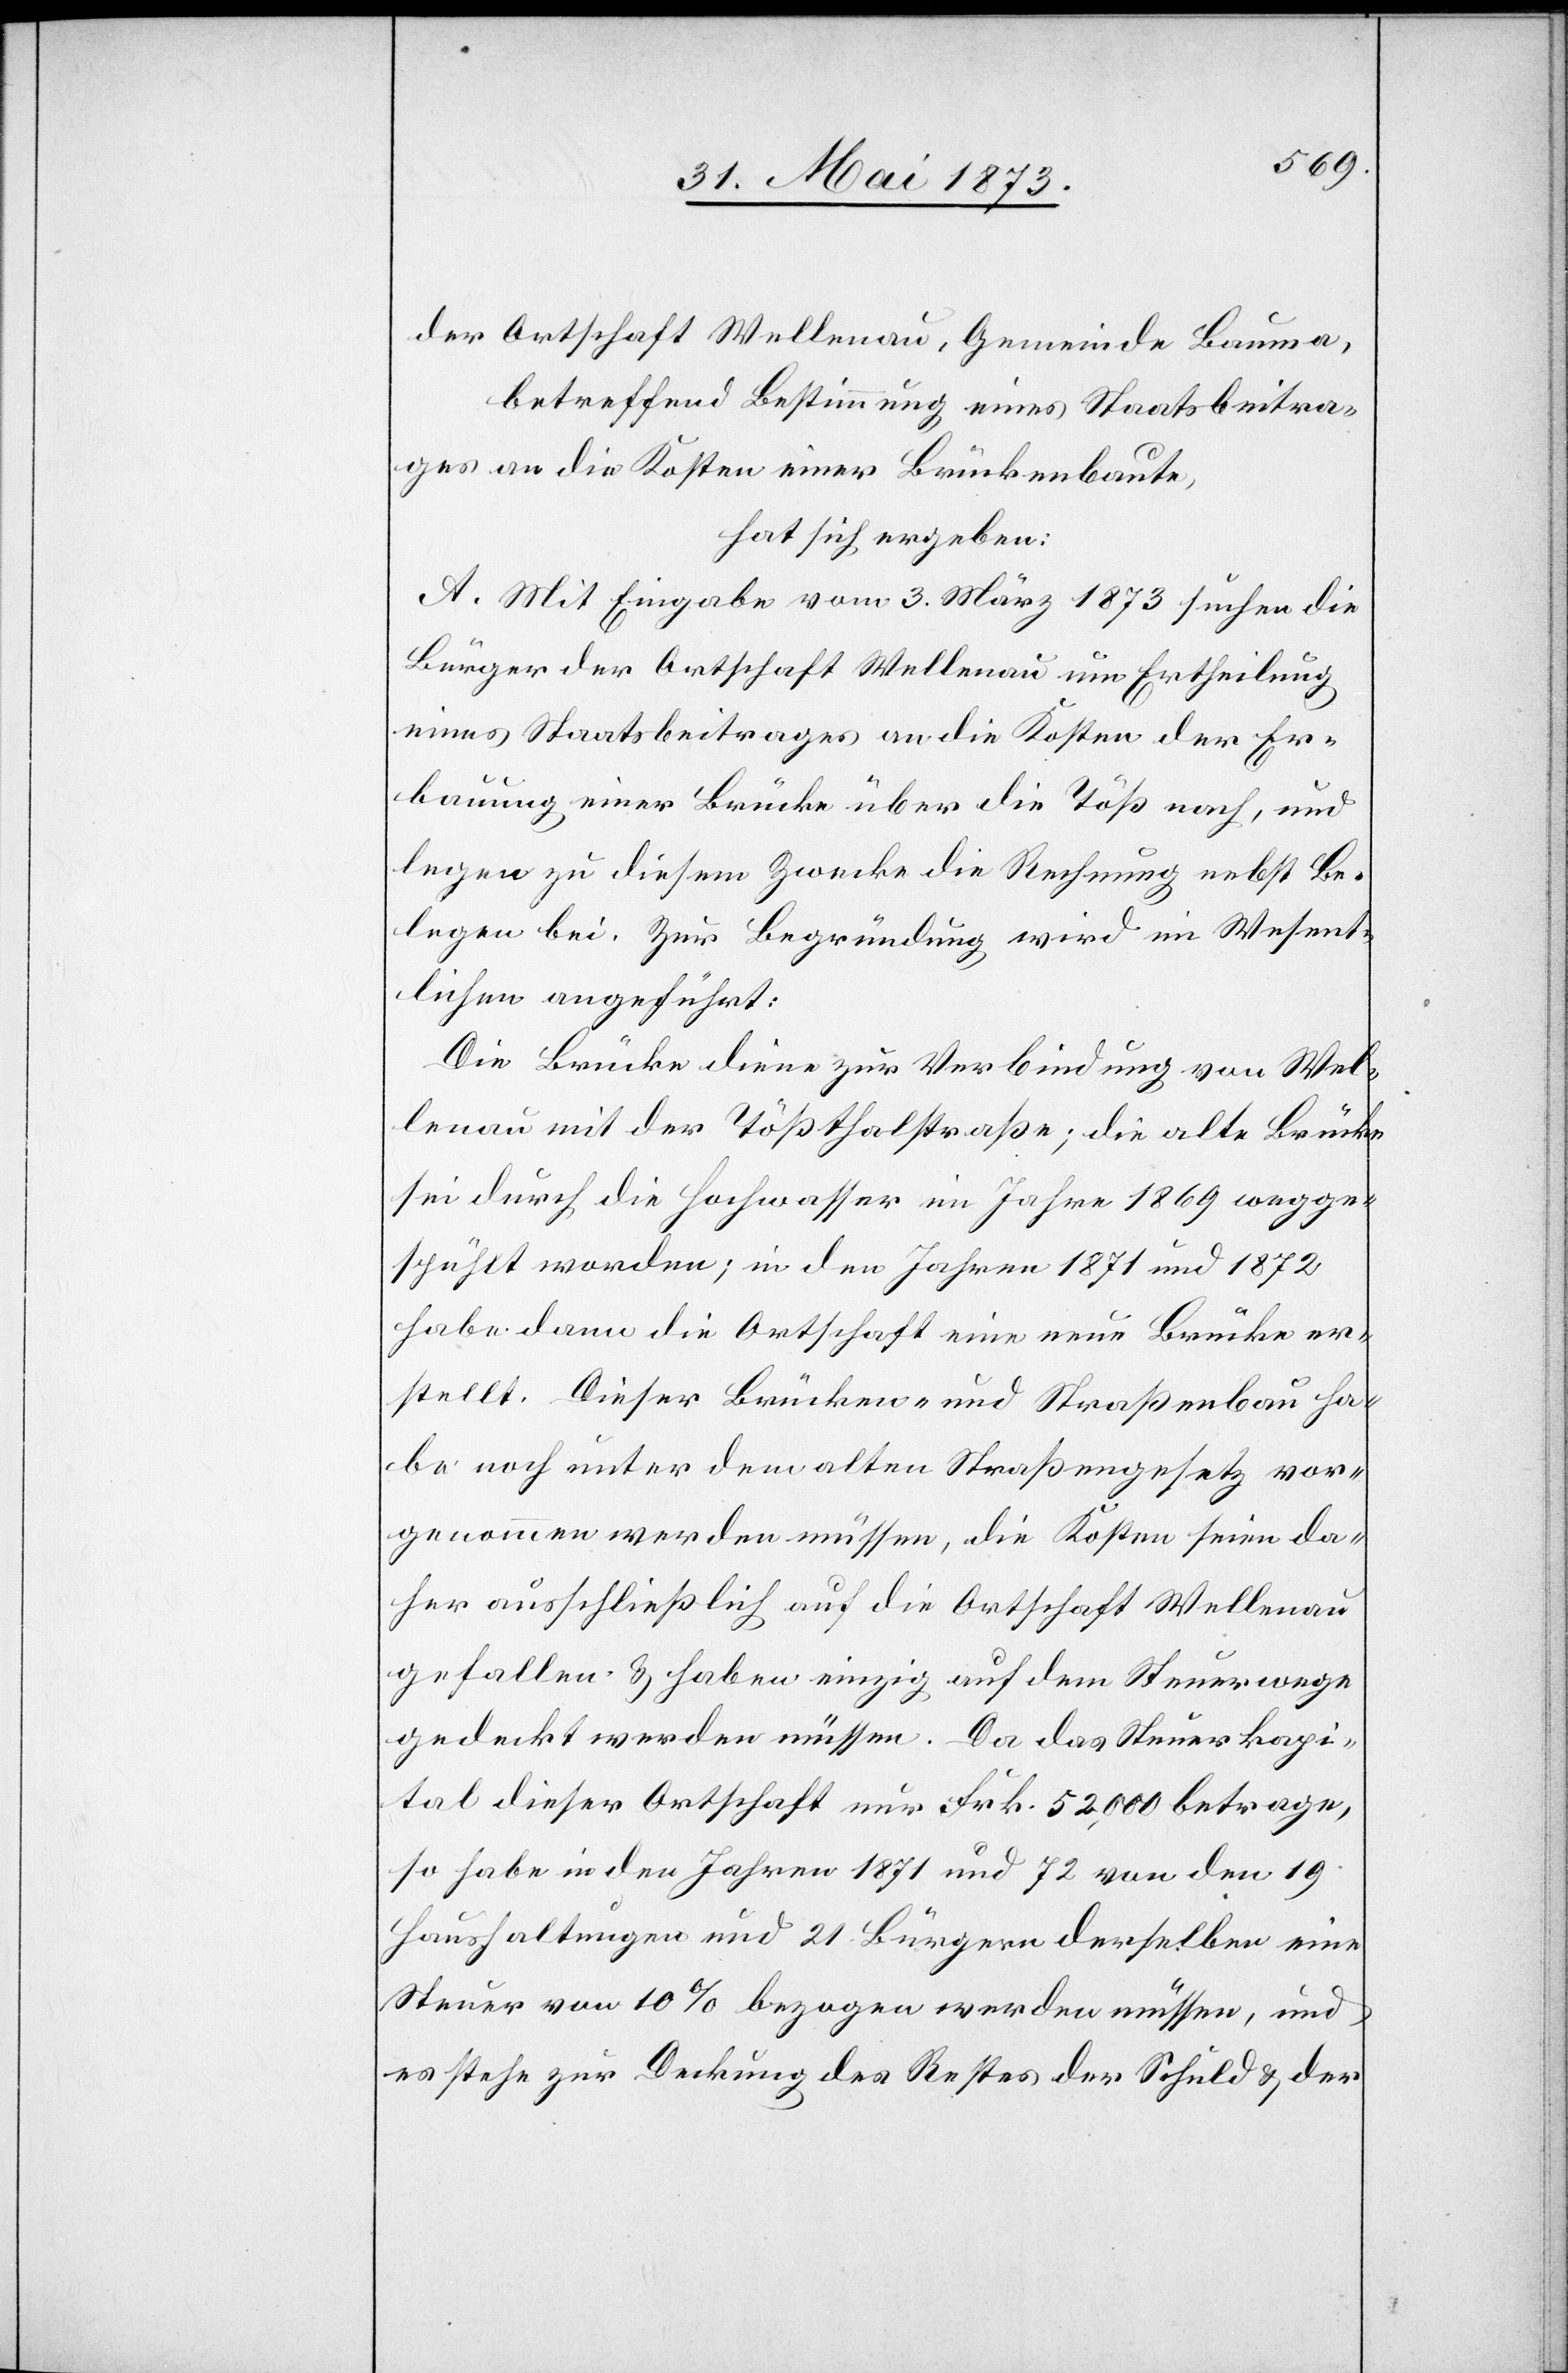
der Ortschaft Wellenau, Gemeinde Bauma,
betreffend Bestimmung eines Staatsbeitra¬
ges an die Kosten einer Brückenbaute,
hat sich ergeben:
A. Mit Eingabe vom 3. März 1873 suchen die
Bürger der Ortschaft Wellenau um Ertheilung
eines Staatsbeitrages an die Kosten der Er¬
bauung einer Brücke über die Töß nach, und
legen zu diesem Zwecke die Rechnung nebst Be¬
legen bei. Zur Begründung wird im Wesent¬
lichen angeführt:
Die Brücke diene zur Verbindung von Wel¬
lenau mit der Tößthalstraße; die alte Brücke
sei durch die Hochwasser im Jahre 1869 wegge¬
spühlt worden; in den Jahren 1871 und 1872
habe dann die Ortschaft eine neue Brücke er¬
stellt. Dieser Brücken- und Straßenbau ha¬
be noch unter dem alten Straßengesetz vor¬
genommen werden müssen, die Kosten seien da¬
her ausschließlich auf die Ortschaft Wellenau
gefallen & haben einzig auf dem Steuerwege
gedeckt werden müssen. Da das Steuerkapi¬
tal dieser Ortschaft nur Frk. 52,000 betrage,
so habe in den Jahren 1871 und 72 von den 19
Haushaltungen und 21 Bürgern derselben eine
Steuer von 10% bezogen werden müssen, und
es stehe zur Deckung des Restes der Schuld & der